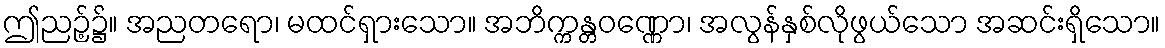
ဤညဉ့်၌။ အညတရော၊ မထင်ရှားသော။ အဘိက္ကန္တဝဏ္ဏော၊ အလွန်နှစ်လိုဖွယ်သော အဆင်းရှိသော။